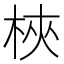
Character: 梜